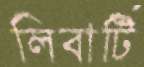
লিবার্টি